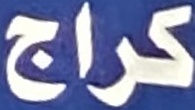
كراج